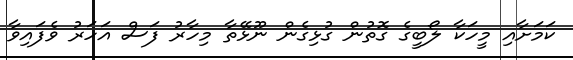
ކަމަށާއި މީހަކާ ލޯބީގެ ގޮތުން ގުޅިގެން ނޫޅޭތާ މިހާރު ފަސް އަހަރު ވެފައިވާ